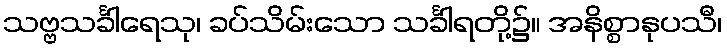
သဗ္ဗသင်္ခါရေသု၊ ခပ်သိမ်းသော သင်္ခါရတို့၌။ အနိစ္စာနုပသီ၊